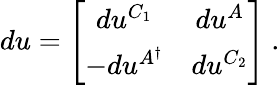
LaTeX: du=\left[\begin{array}{cc}{{du^{C_{1}}}}&{{du^{A}}}\\ {{-du^{A^{\dagger}}}}&{{du^{C_{2}}}}\end{array}\right]\ .